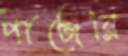
পাঞ্জেরি